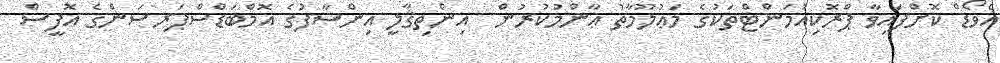
އެވޯޑް ކޮށްފައިވާ ޕްރޮކިއުމަންޓްތަކުގެ މަޢުލޫމާތު ޢާންމުކުރުން  އިންތިޤާލީ އިންސާފުގެ އޮމްބަޑްސްޕަރސަންގެ އޮފީސް